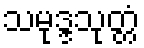
သမုဒ္ဒသုတ္တံ